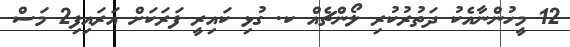
12 މީހުންނާއެކު ދަތުރުކުރި ލޯންޗެއް ކ. ގުޅި ކައިރީ ފަރަކަށް އަރައިފި2 މަސް